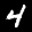
Label: 4